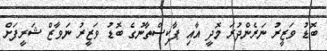
ބޮޑު ވަޒީރު ނަރެންދުރަ މޮދީ އާއި ޕާކިސްތާނުގެ ބޮޑު ވަޒީރު ނަވާޒް ޝަރީފަށް